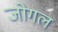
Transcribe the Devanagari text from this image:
जोगल